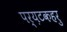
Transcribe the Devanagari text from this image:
पर्य़टकहरु